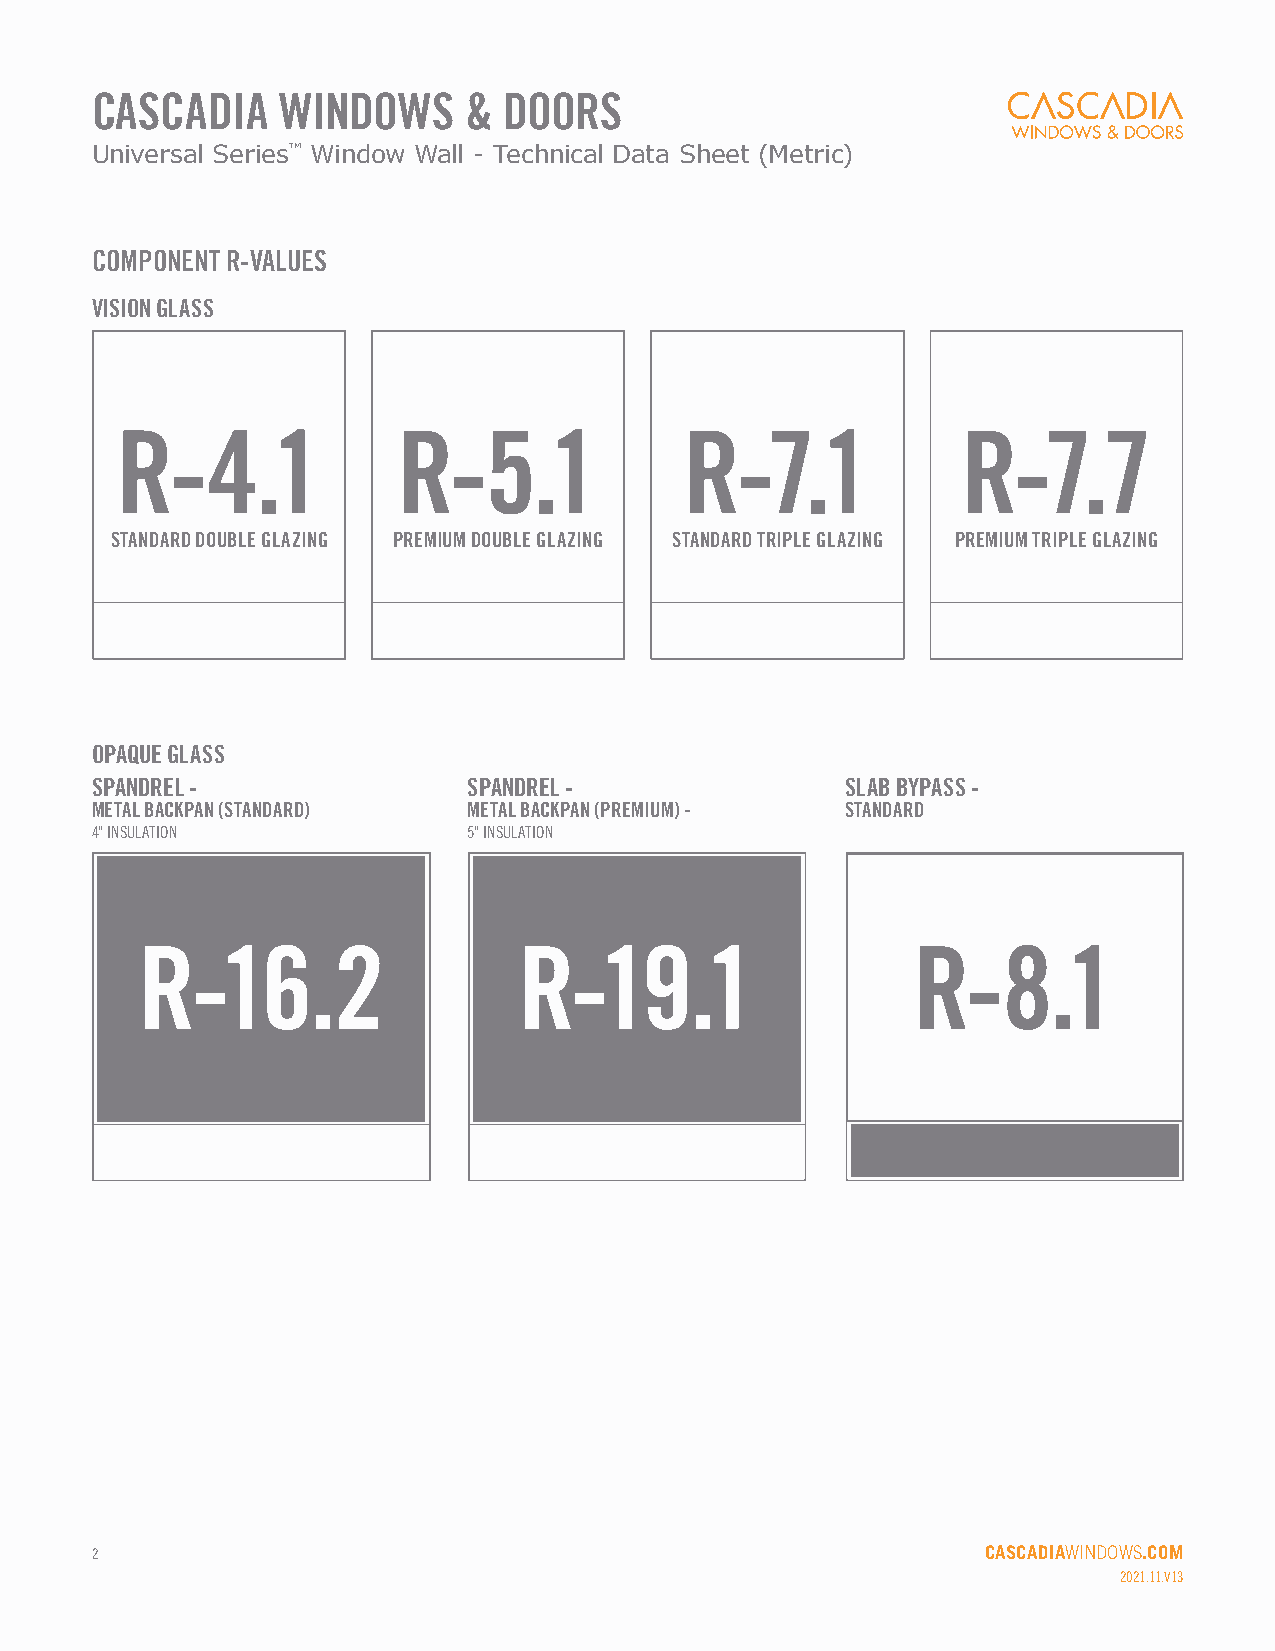
CASCADIA    WINDOWS      & DOORS
 Universal Series™ Window Wall - Technical Data Sheet (Metric)
 COMPONENT R-VALUES
 VISION GLASS
 R-4.1             R-5.1              R-7.1              R-7.7
 STANDARD DOUBLE GLAZING PREMIUM DOUBLE GLAZING STANDARD TRIPLE GLAZING PREMIUM TRIPLE GLAZING
 OPAQUE GLASS
 SPANDREL -               SPANDREL -               SLAB BYPASS -
 METAL BACKPAN (STANDARD) METAL BACKPAN (PREMIUM) - STANDARD
 4" INSULATION            5" INSULATION
 R-16.2                   R-19.1                    R-8.1
 2                                                          CASCADIAWINDOWS.COM
 2021.11.V13